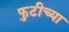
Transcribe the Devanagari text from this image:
फुटीच्या